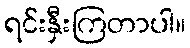
ရင်းနှီးကြတာပါ။